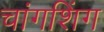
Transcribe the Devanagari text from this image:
चांगशिंग